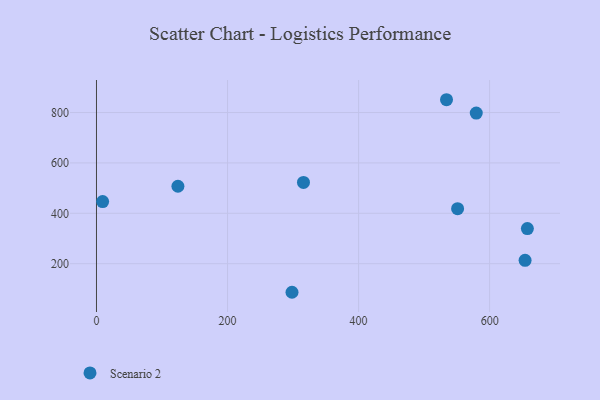
{"axis": {"x": "Study Hours", "y": "Yield"}, "legend": ["Scenario 2"], "data": [{"x": "551.1", "y": 418.5, "type": "Scenario 2"}, {"x": "315.9", "y": 522.7, "type": "Scenario 2"}, {"x": "579.6", "y": 798.0, "type": "Scenario 2"}, {"x": "657.6", "y": 339.3, "type": "Scenario 2"}, {"x": "9.4", "y": 446.4, "type": "Scenario 2"}, {"x": "298.4", "y": 86.6, "type": "Scenario 2"}, {"x": "534.2", "y": 850.8, "type": "Scenario 2"}, {"x": "654.1", "y": 213.6, "type": "Scenario 2"}, {"x": "124.3", "y": 507.3, "type": "Scenario 2"}]}